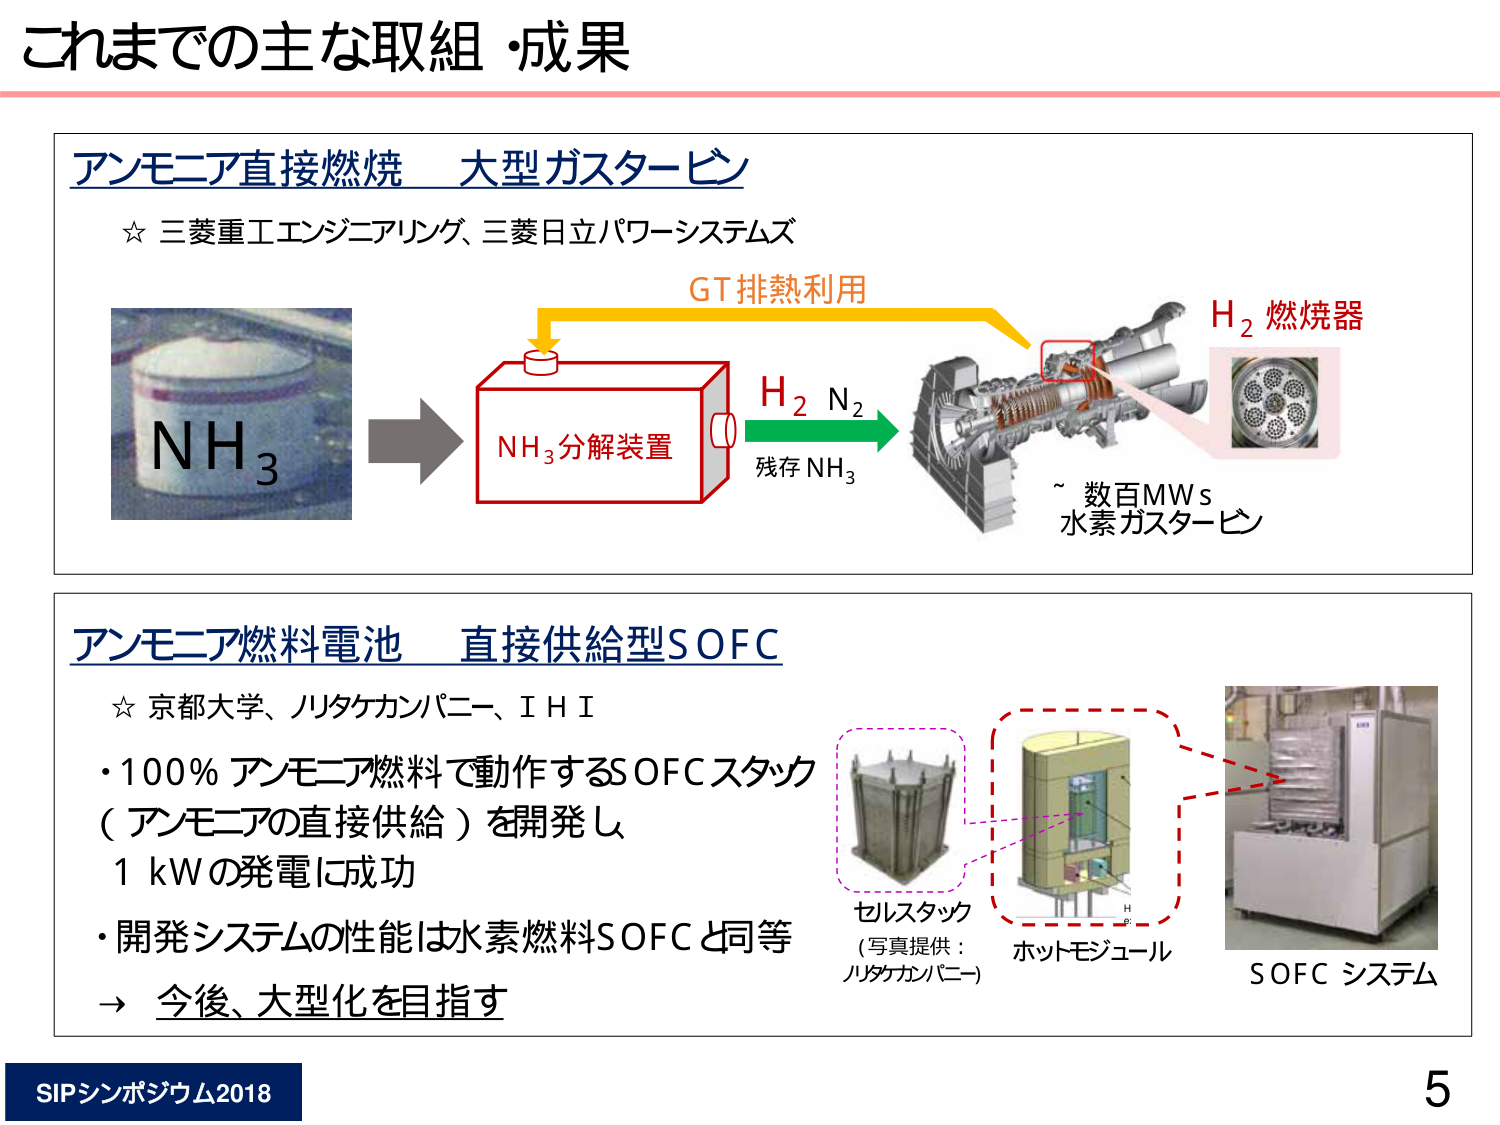
これまでの主な取組・成果

アンモニア直接燃焼 大型ガスタービン
☆ 三菱重工エンジニアリング、三菱日立パワーシステムズ
NH₃
GT排熱利用
NH₃分解装置
H₂ N₂
残存 NH₃
H₂ 燃焼器
~ 数百MWs
水素ガスタービン

アンモニア燃料電池 直接供給型SOFC
☆ 京都大学、ノリタケカンパニー、IHI
・100％ アンモニア燃料で動作するSOFCスタック
（アンモニアの直接供給）を開発し、
1 kWの発電に成功
・開発システムの性能は水素燃料SOFCと同等
→ 今後、大型化を目指す
セルスタック
(写真提供：ノリタケカンパニー)
ホットモジュール
SOFC システム

SIPシンポジウム2018
5